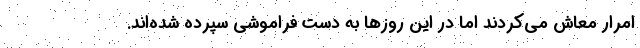
امرار معاش می‌کردند اما در این روزها به دست فراموشی سپرده شده‌اند.